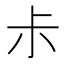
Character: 尗